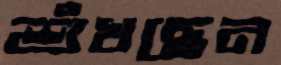
শুঁখছেন